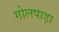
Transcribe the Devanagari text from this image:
गोलपाड़ा